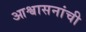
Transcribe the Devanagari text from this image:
आश्वासनांची